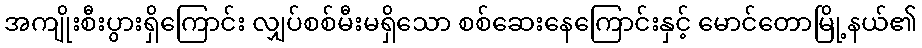
အကျိုးစီးပွားရှိကြောင်း လျှပ်စစ်မီးမရှိသော စစ်ဆေးနေကြောင်းနှင့် မောင်တောမြို့နယ်၏